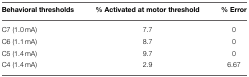
| Behavioral thresholds | % Activated at motor threshold | % Error |
 | --- | --- | --- |
 | C7 (1.0 mA) | 7.7 | 0 |
 | C6 (1.1 mA) | 8.7 | 0 |
 | C5 (1.4 mA) | 9.7 | 0 |
 | C4 (1.4 mA) | 2.9 | 6.67 |